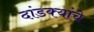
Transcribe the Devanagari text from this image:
दांडक्यांचे